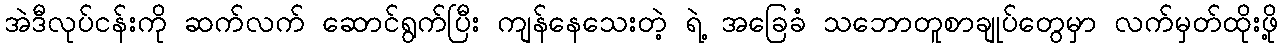
အဲဒီလုပ်ငန်းကို ဆက်လက် ဆောင်ရွက်ပြီး ကျန်နေသေးတဲ့ ရဲ့ အခြေခံ သဘောတူစာချုပ်တွေမှာ လက်မှတ်ထိုးဖို့